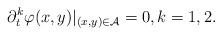
\begin{align*}\partial_t^k\varphi(x,y)|_{(x,y)\in\mathcal{A}}=0,k=1,2.\end{align*}